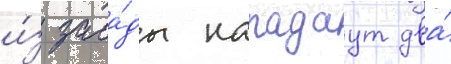
и́з заса́ды нападаут два́